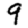
Digit: 9